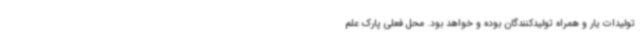
تولیدات یار و همراه تولیدکنندگان بوده و خواهد بود. محل فعلی پارک علم